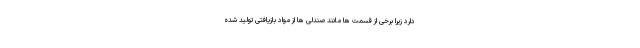
دارد زیرا برخی از قسمت ها مانند صندلی ها از مواد بازیافتی تولید شده